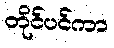
တိုင်ပင်ကာ